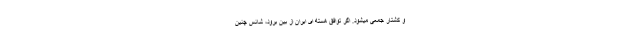
و کشتار جمعی میشود. اگر توافق هسته ای ایران از بین برود، شانس چنین